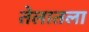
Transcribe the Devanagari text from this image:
तेलातला